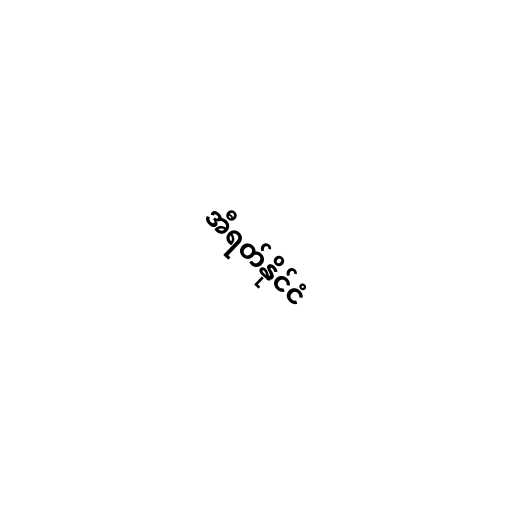
အီရတ်နိုင်ငံ